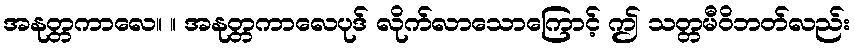
အနုတ္တကာလေ။ ။ အနုတ္တကာလေပုဒ် လိုက်လာသောကြောင့် ဤ သတ္တမီဝိဘတ်လည်း